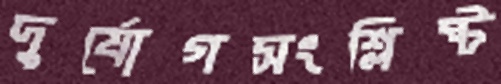
দুর্যোগসংশ্লিষ্ট